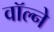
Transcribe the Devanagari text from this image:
वॉल्ने